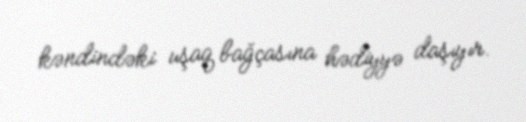
kəndindəki uşaq bağçasına hədiyyə daşıyır.